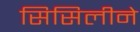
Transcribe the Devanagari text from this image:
सिसिलीने